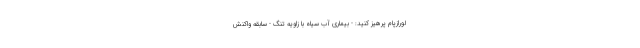
لورازپام پرهیز کنید: - بیماری آب سیاه با زاویه تنگ - سابقه واکنش